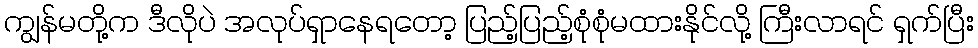
ကျွန်မတို့က ဒီလိုပဲ အလုပ်ရှာနေရတော့ ပြည့်ပြည့်စုံစုံမထားနိုင်လို့ ကြီးလာရင် ရှက်ပြီး